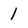
Character: 1